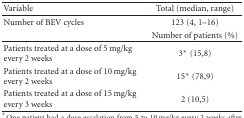
| Variable | Total (median, range) |
 | --- | --- |
 | Number of BEV cycles | 123 (4, 1–16) |
 |  | Number of patients (%) |
 | Patients treated at a dose of 5 mg/kg every 2 weeks | 3* (15,8) |
 | Patients treated at a dose of 10 mg/kg every 2 weeks | 15* (78,9) |
 | Patients treated at a dose of 15 mg/kg every 3 weeks | 2 (10,5) |